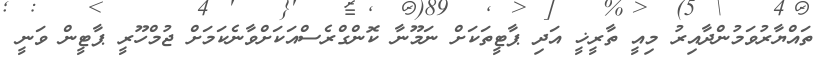
ތައްޔާރުވަމުންދާއިރު މިއީ ތާރީޚީ އަދި ޕާޓީތަކަށް ނަމޫނާ ކޮންގްރެސްއަކަށްވާނެކަމަށް ޖުމްހޫރީ ޕާޓީން ވަނީ